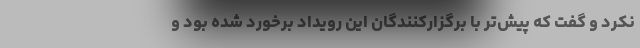
نکرد و گفت که پیش‌تر با برگزارکنندگان این رویداد برخورد شده بود و